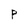
Character: p